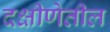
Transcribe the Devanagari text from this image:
दक्षीणेतील